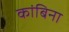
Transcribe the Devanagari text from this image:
कांबिना